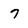
Character: 7